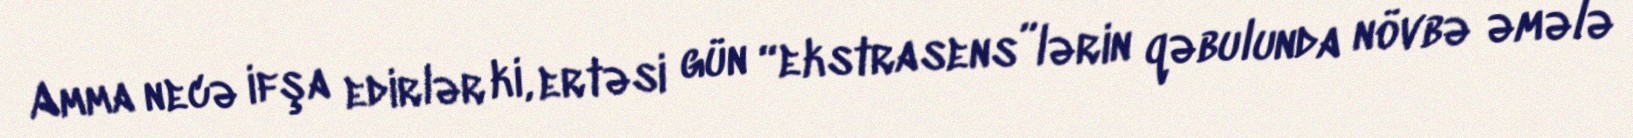
Amma necə ifşa edirlər ki, ertəsi gün “ekstrasens”lərin qəbulunda növbə əmələ